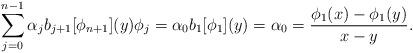
LaTeX: \begin{align*}\sum_{j=0}^{n-1} \alpha_j b_{j+1}[\phi_{n+1}](y)\phi_j = \alpha_0 b_1[\phi_1](y) = \alpha_0 = \frac{\phi_1(x)-\phi_1(y)}{x-y}.\end{align*}